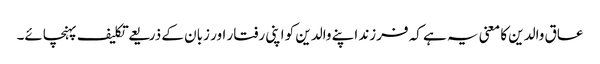
عاق والدین کا معنی یہ ہے کہ فرزند اپنے والدین کو اپنی رفتار اور زبان کے ذریعے تکلیف پہنچائے۔